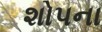
શોપના